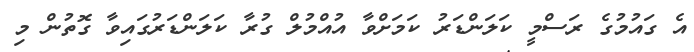
އެ ގައުމުގެ ރަސްމީ ކަލަންޑަރު ކަމަށްވާ އުއްމުލް ގުރާ ކަލަންޑަރުގައިވާ ގޮތުން މި